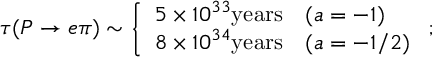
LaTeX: \tau ( P \rightarrow e \pi ) \sim \left\{ \begin{array} { c l } { { 5 \times 1 0 ^ { 3 3 } \mathrm { y e a r s } } } & { { ( a = - 1 ) } } \\ { { 8 \times 1 0 ^ { 3 4 } \mathrm { y e a r s } } } & { { ( a = - 1 / 2 ) } } \end{array} \right. ;